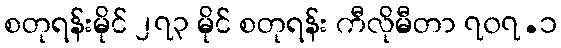
စတုရန်းမိုင် ၂၇၃ မိုင် စတုရန်း ကီလိုမီတာ ၇၀၇.၁